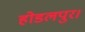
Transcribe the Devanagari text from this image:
होडलपुर।